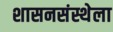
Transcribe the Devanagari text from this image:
शासनसंस्थेला